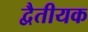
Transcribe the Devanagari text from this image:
द्वैतीयक